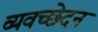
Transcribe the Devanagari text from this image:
व्यवच्छेदन